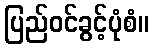
ပြည်ဝင်ခွင့်ပုံစံ။